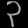
Digit: ၃